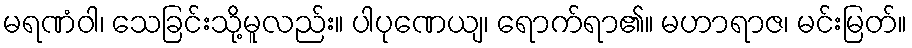
မရဏံဝါ၊ သေခြင်းသို့မူလည်း။ ပါပုဏေယျ၊ ရောက်ရာ၏။ မဟာရာဇ၊ မင်းမြတ်။